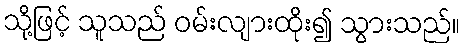
သို့ဖြင့် သူသည် ဝမ်းလျားထိုး၍ သွားသည်။